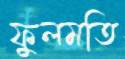
ফুলমতি